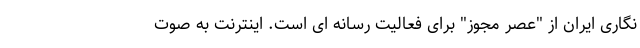
نگاری ایران از "عصر مجوز" برای فعالیت رسانه ای است. اینترنت به صوت